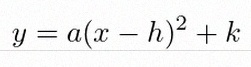
y=a(x-h)^2+k